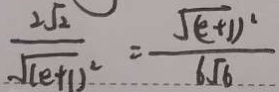
\frac { 2 \sqrt { 2 } } { \sqrt { ( e + 1 ) ^ { 2 } } } = \frac { \sqrt { ( e + 1 ) ^ { 2 } } } { 6 \sqrt { 6 } }